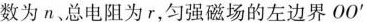
数为n、总电阻为r，匀强磁场的左边界OO^{\prime}